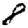
Digit: 8